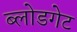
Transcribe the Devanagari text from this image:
ब्लोडगेट